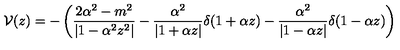
{ \cal V } ( z ) = - \left( \frac { 2 \alpha ^ { 2 } - m ^ { 2 } } { | 1 - \alpha ^ { 2 } z ^ { 2 } | } - \frac { \alpha ^ { 2 } } { | 1 + \alpha z | } \delta ( 1 + \alpha z ) - \frac { \alpha ^ { 2 } } { | 1 - \alpha z | } \delta ( 1 - \alpha z ) \right)